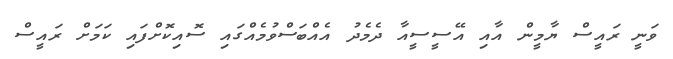
ވަނީ ރައީސް ޔާމީން އާއި އޭސީސީއާ ދެމެދު އެއްބަސްވުމެއްގައި ސޮއިކޮށްފައި ކަމަށް ރައީސް